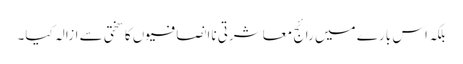
بلکہ اس بارے میں رائج معاشرتی ناانصافیوں کا سختی سے ازالہ کیا۔